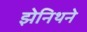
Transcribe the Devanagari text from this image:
झेनिथने